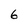
Character: 6